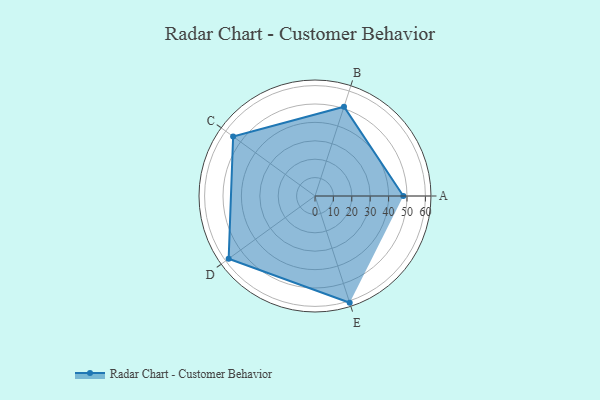
{"axis": {"x": "Skill", "y": "Score"}, "legend": ["Profile"], "data": [{"x": "A", "y": 48.0, "type": "Profile"}, {"x": "B", "y": 51.0, "type": "Profile"}, {"x": "C", "y": 55.0, "type": "Profile"}, {"x": "D", "y": 58.0, "type": "Profile"}, {"x": "E", "y": 61.0, "type": "Profile"}]}